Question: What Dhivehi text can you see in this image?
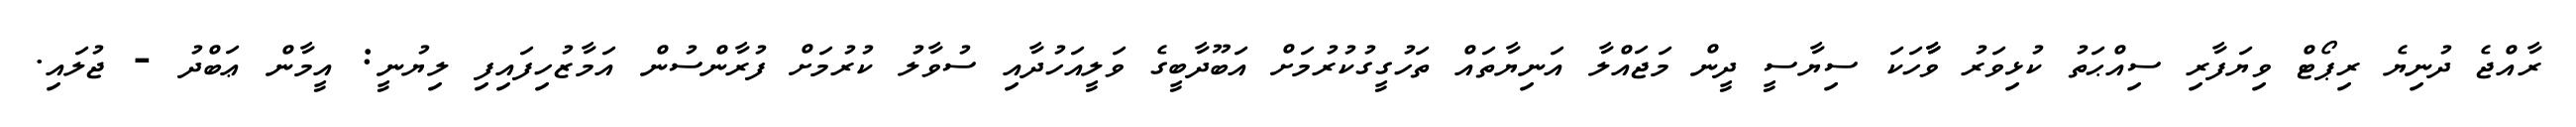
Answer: ރާއްޖެ ދުނިޔެ ރިޕޯޓް ވިޔަފާރި ސިއްޙަތު ކުޅިވަރު ވާާހަކަ ސިޔާސީ ދީން މަޖައްލާ އަނިޔާތައް ތަހުގީގުކުރުމަށް އަބޫދާބީގެ ވަލީއަހުދާއި ސުވާލު ކުރުމަށް ފުރާންސުން އަމާޒުހިފައިފި ލިޔުނީ: އީމާން ޢަބްދު - ޖުލައި.